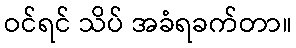
ဝင်ရင် သိပ် အခံရခက်တာ။